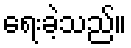
ရေးခဲ့သည်။